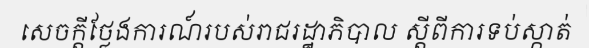
សេចក្តីថ្លែងការណ៍របស់រាជរដ្ឋាភិបាល ស្តីពីការទប់ស្កាត់